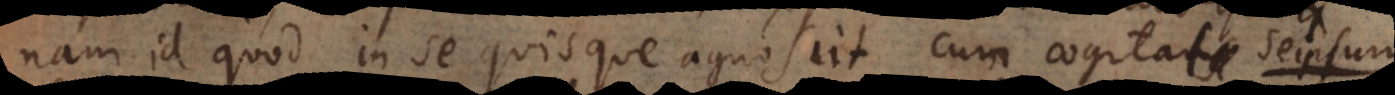
nam id quod in se quisque agnoscit cum cogitans seipsum